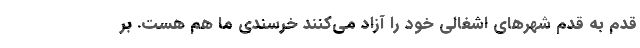
قدم به قدم شهرهای اشغالی خود را آزاد می‌کنند خرسندی ما هم هست. بر